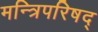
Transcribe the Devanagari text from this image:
मन्त्रिपरिषद्‍